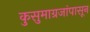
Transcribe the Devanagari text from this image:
कुसुमाग्रजांपासून